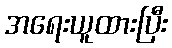
အရေးယူထားပြီး